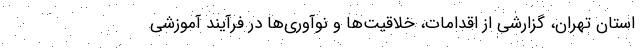
استان تهران، گزارشی از اقدامات، خلاقیت‌ها و نوآوری‌ها در فرآیند آموزشی